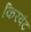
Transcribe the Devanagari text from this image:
किरवंट